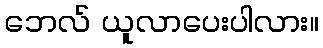
ဘေလ် ယူလာပေးပါလား။